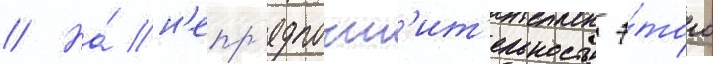
// На́ н'епр'едпочт'ит'ельность э́того